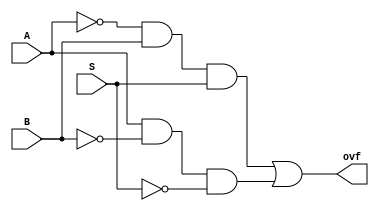
module ovfsub(ovf,A,B,S);

    input A,B,S;
    output ovf;
    wire w1,w2,w3,w4,w5;
    wire one;
    assign one = 1;


    xor no1(w1, A, one);
    xor no2(w2, B, one);
    xor no3(w4, S, one);

    and and1(w3,w1,B,S);
    and and2(w5,A,w2,w4);

    or or1(ovf,w3,w5);

endmodule